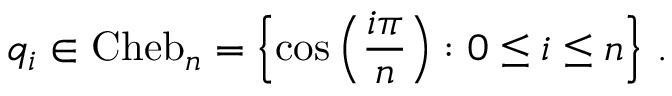
q _ { i } \in \mathrm { C h e b } _ { n } = \left\{ \cos \Big ( \frac { i \pi } { n } \Big ) : 0 \leq i \leq n \right\} \, .